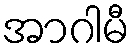
အာဂါမီ